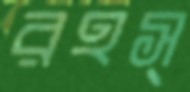
রহস্